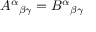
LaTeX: A ^ { \alpha } { } _ { \beta \gamma } = B ^ { \alpha } { } _ { \beta \gamma }